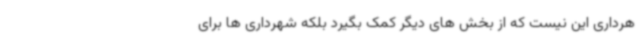
هرداری این نیست که از بخش های دیگر کمک بگیرد بلکه شهرداری ها برای